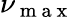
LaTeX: \nu_{\mathrm{~m~a~x~}}